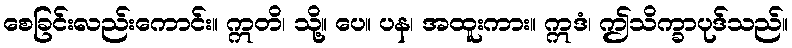
စေခြင်းလည်းကောင်း။ ဣတိ၊ သို့။ ပေ။ ပန၊ အထူးကား။ ဣဒံ၊ ဤသိက္ခာပုဒ်သည်။